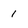
Character: 1